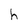
Character: h